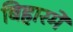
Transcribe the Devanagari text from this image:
बिहारमें